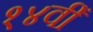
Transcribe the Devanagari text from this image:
१४वीँ